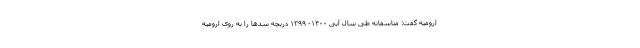
ارومیه گفت: متاسفانه طی سال آبی ۱۴۰۰- ۱۳۹۹ دریچه سدها را به روی ارومیه